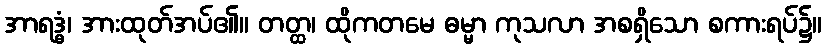
အာရဒ္ဓံ၊ အားထုတ်အပ်၏။ တတ္ထ၊ ထိုကတမေ ဓမ္မာ ကုသလာ အစရှိသော စကားရပ်၌။